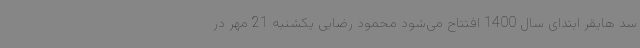
سد هایقر ابتدای سال 1400 افتتاح می‌شود محمود رضایی یکشنبه 21 مهر در